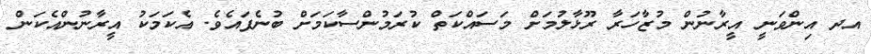
އދ އިންވަނީ އީރާނުން މުޒާހަރާ ރޫޅާލުމަށް މަސައްކަތް ކުރަމުންސާކަމަށް ބުނެފައެވެ. އެކަމަކު އީރާނުންއެކަން